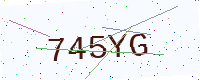
Text: 745YG